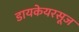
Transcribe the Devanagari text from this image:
डायकेयरसूज